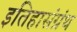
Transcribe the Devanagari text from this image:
इतिहासंग्रंथ